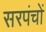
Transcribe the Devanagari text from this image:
सरपंचों